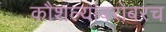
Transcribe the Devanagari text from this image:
कौशल्यांबरोबरच